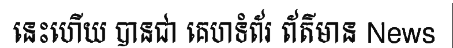
នេះហើយ បានជា គេហទំព័រ ព័ត៌មាន News